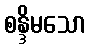
စန္ဒိမသော